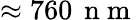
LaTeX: \approx 760\, \mathrm{~n~m~}